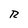
Character: R